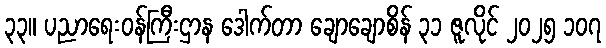
၃၃။ ပညာရေးဝန်ကြီးဌာန ဒေါက်တာ ချောချောစိန် ၃၁ ဇူလိုင် ၂၀၂၅ ၁၀၇